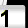
Digit: 1